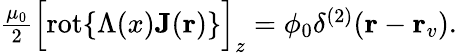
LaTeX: \begin{array}{r}{\frac{\mu_{0}}{2}\Bigl[\mathrm{rot}\{ \Lambda(x){\mathbf J}({\mathbf r})\} \Bigr]_{z}=\phi_{0}\delta^{(2)}({\mathbf r}-{\mathbf r_{v}}).}\end{array}